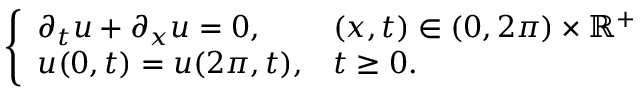
\left\{ \begin{array} { l l } { \partial _ { t } u + \partial _ { x } u = 0 , \quad } & { ( x , t ) \in ( 0 , 2 \pi ) \times \mathbb { R } ^ { + } } \\ { u ( 0 , t ) = u ( 2 \pi , t ) , } & { t \ge 0 . } \end{array} \right.